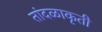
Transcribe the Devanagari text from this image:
तांदळाकृती